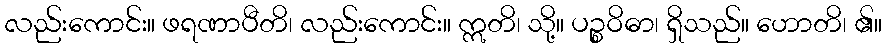
လည်းကောင်း။ ဖရဏာပီတိ၊ လည်းကောင်း။ ဣတိ၊ သို့။ ပဉ္စဝိဓာ၊ ရှိသည်။ ဟောတိ၊ ၏။